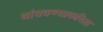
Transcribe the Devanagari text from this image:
थांबवण्याकरिता